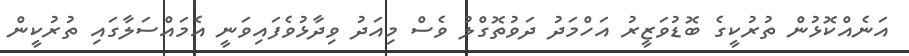
އަނެއްކޮޅުން ތުރުކީގެ ބޮޑުވަޒީރު އަހްމަދު ދަވުތޮގްލު ވެސް މިއަދު ވިދާޅުވެފައިވަނީ އެމައްސަލާގައި ތުރުކީން